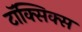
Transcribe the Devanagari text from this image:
टॉक्सिक्स